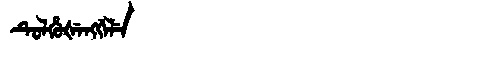
Manchu: ᡨᡠᠯᡥᡠᡧᡝᠩᡤᡝᠯᡝ
Romanization: TULHUŠENGGELE